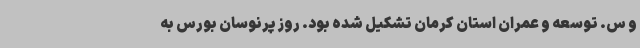
و س. توسعه و عمران استان کرمان تشکیل شده بود. روز پرنوسان بورس به